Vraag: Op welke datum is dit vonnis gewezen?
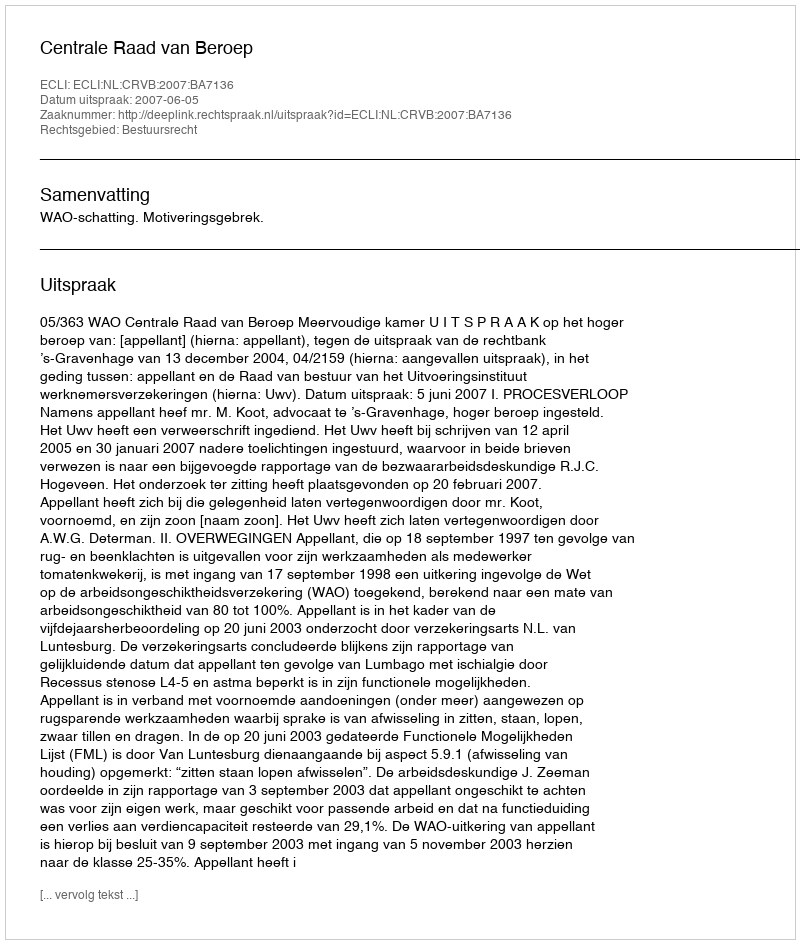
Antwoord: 2007-06-05